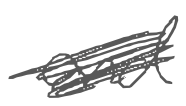
Text: and
Cross-out: scratch
Writing tool: digital_gray